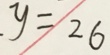
y = 2 6